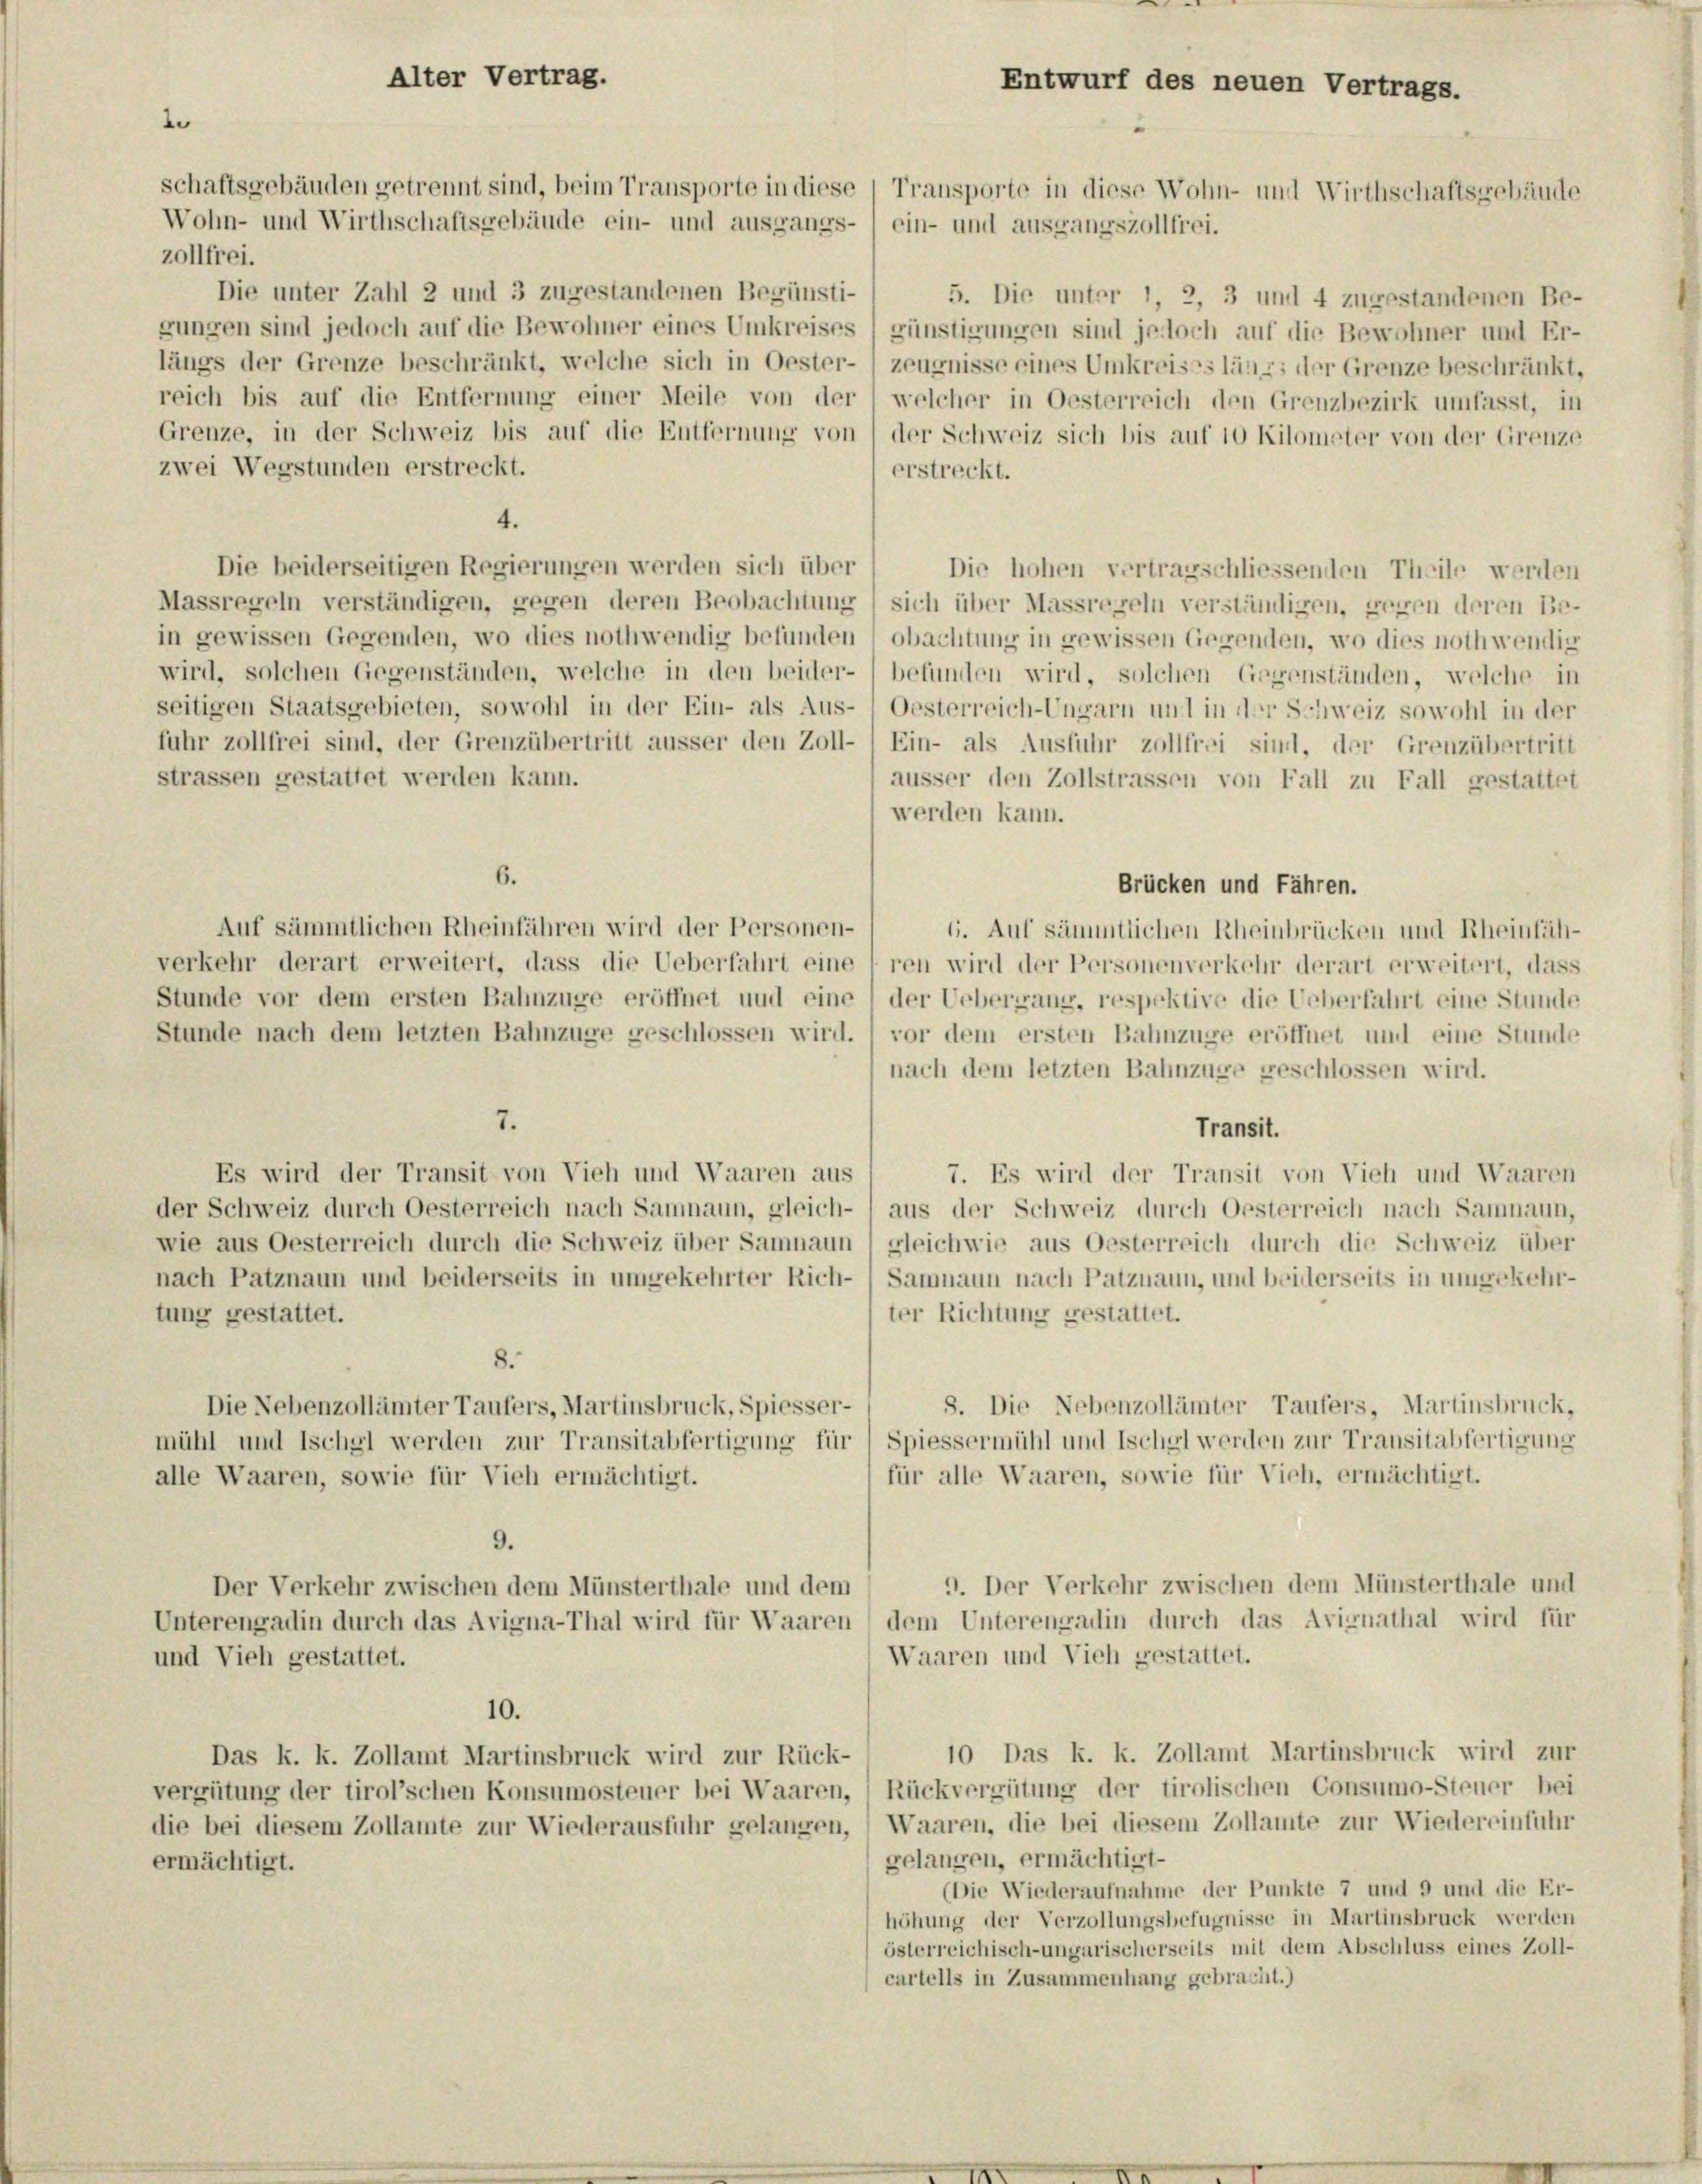
Alter Vertrag.

e
schaftsgebäuden getrennt sind, beim Transporte in diese (Transporte in diese Wohn- und Wirthschaftsgebäude
Wohn- und Wirthschaftsgebäude ein- und ausgangs- / ein- und ausgangszollfrei.
zollfrei.
Die unter Zahl 2 und 3 zugestandenen Begünsti-
5. Die unter 1, 2, 3 und 4 zugestandenen Be-
gungen sind jedoch auf die Bewohner eines Umkreises günstigungen sind jedoch auf die Bewohner und Er-
längs der Grenze beschränkt, welche sich in Oester- ) zeugnisse eines Umkreises längs der Grenze beschränkt,
reich bis auf die Entfernung einer Meile von der welcher in Oesterreich den Grenzbezirk umfasst, in
Grenze, in der Schweiz bis auf die Entfernung von der Schweiz sich bis auf 10 Kilometer von der Grenze
zwei Wegstunden erstreckt.
erstreckt.
4.
Die beiderseitigen Regierungen werden sich über
Die hohen vertragschliessenden Theile werden
Massregeln verständigen, gegen deren Beobachtung / sich über Massregeln verständigen, gegen deren Be-
in gewissen Gegenden, wo dies nothwendig befunden (obachtung in gewissen Gegenden, wo dies nothwendig
wird, solchen Gegenständen, welche in den beider- befunden wird, solchen Gegenständen, welche in
seitigen Staatsgebieten, sowohl in der Ein- als Aus- Oesterreich-Ungarn und in der Schweiz sowohl in der
fuhr zollfrei sind, der Grenzübertritt äusser den Zoll-) Ein- als Ausfuhr zollfrei sind, der Grenzübertritt
strassen gestattet werden kann.
äusser den Zollstrassen von Fall zu Fall gestattet
werden kann.
6.
Brücken und Fähren.
Auf sämmtlichen Rheinfahren wird der Personen-
6. Auf sämmtlichen Rheinbrücken und Rheinfäh-
verkehr derart erweitert, dass die Ueberfahrt eineren wird der Personenverkehr derart erweitert, dass
Stunde vor dem ersten Bahnzüge eröffnet und eine 1 der Uebergang, respektive die Ueberfahrt eine Stunde
Stunde nach dem letzten Bahnzüge geschlossen wird. vor dem ersten Bahnzüge eröffnet und eine Stunde
nach dem letzten Bahnzüge geschlossen wird.
7.
Transit.
Es wird der Transit von Vieh und Waaren aus
7. Es wird der Transit von Vieh und Waaren
der Schweiz durch Oesterreich nach Sammann, gleich- ) aus der Schweiz durch Oesterreich nach Samnaun,
wie aus Oesterreich durch die Schweiz über Samnaun (gleichwie aus Oesterreich durch die Schweiz über
nach Patznaun und beiderseits in umgekehrter Rich-Sammann nach Patznaun, und beiderseits in umgekehr-
tung gestattet.
ter Richtung gestattet.
8.
Die Nebenzollämter Taufers, Martinsbruck, Spiesser-
8. Die Nebenzollämter Taufers, Martinsbruck,
mühl und Ischgl werden zur Transitabfertigung für Spiessermühl und Ischgl werden zur Transitabfertigung
(für alle Waaren, sowie für Vieh, ermächtigt.
alle Waaren, sowie für Vieh ermächtigt.
9.
9. Der Verkehr zwischen dem Münsterthale und
Der Verkehr zwischen dem Münsterthale und dem
Unterengadin durch das Avigna-Thal wird für Waaren dem Unterengadin durch das Avignathal wird für
Waaren und Vieh gestattet.
und Vieh gestattet.
10.
10 Das k. k. Zollamt Martinsbruck wird zur
Das k. k. Zollamt Martinsbruck wird zur Rück-
vergütung der tirol’schen Konsumosteuer bei Waaren, Rückvergütung der tirolischen Consumo-Steuer bei
die bei diesem Zollamte zur Wiederausfuhr gelangen, Waaren, die bei diesem Zollamte zur Wiedereinfuhr
gelangen, ermächtigt.
ermächtigt.
(Die Wiederaufnahme der Punkte 7 und 9 und die Er-
höhung der Verzollungsbefugnisse in Martinsbruck werden
österreichisch-ungarischerseits mit dem Abschluss eines Zoll-
carteils in Zusammenhang gebracht.)

Entwurf des neuen Vertrags.